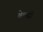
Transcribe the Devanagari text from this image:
बेल्सी